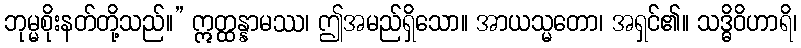
ဘုမ္မစိုးနတ်တို့သည်။” ဣတ္ထန္နာမဿ၊ ဤအမည်ရှိသော။ အာယသ္မတော၊ အရှင်၏။ သဒ္ဓိဝိဟာရိ၊